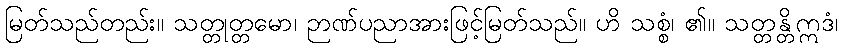
မြတ်သည်တည်း။ သတ္တုတ္တမော၊ ဉာဏ်ပညာအားဖြင့်မြတ်သည်။ ဟိ သစ္စံ၊ ၏။ သတ္တန္တိဣဒံ၊